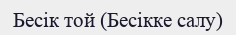
Бесік той (Бесікке салу)